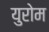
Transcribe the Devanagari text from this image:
युरोम